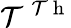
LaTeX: \mathcal{T}^{\mathrm{{~\mathcal{T}~h~}}}